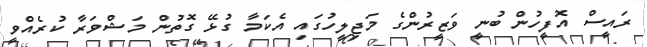
ރައީސް އޮފީހުން ބުނީ ވަޒީރުންގެ މަޖިލީހުގައި އެކަމާ ގުޅޭ ގޮތުން މަޝްވަރާ ކުރެއްވީ